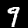
Label: 9